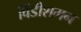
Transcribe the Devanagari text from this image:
विंडीशमन